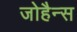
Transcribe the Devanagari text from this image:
जोहैन्स